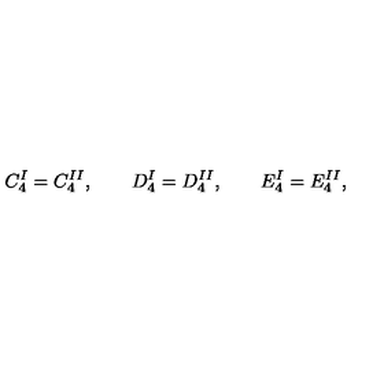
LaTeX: C _ { 4 } ^ { I } = C _ { 4 } ^ { I I } , \qquad D _ { 4 } ^ { I } = D _ { 4 } ^ { I I } , \qquad E _ { 4 } ^ { I } = E _ { 4 } ^ { I I } ,